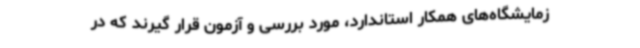
زمایشگاه‌های همکار استاندارد، مورد بررسی و آزمون قرار گیرند که در